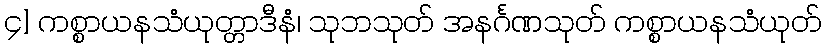
၄] ကစ္စာယနသံယုတ္တာဒီနံ၊ သုဘသုတ် အနင်္ဂဏသုတ် ကစ္စာယနသံယုတ်